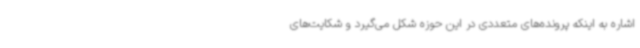
اشاره به اینکه پرونده‌های متعددی در این حوزه شکل می‌گیرد و شکایت‌های